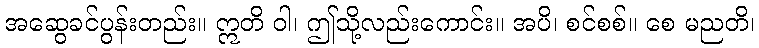
အဆွေခင်ပွန်းတည်း။ ဣတိ ဝါ၊ ဤသို့လည်းကောင်း။ အပိ၊ စင်စစ်။ စေ မညတိ၊